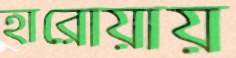
হারোয়ায়